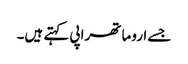
جسے اروما تھراپی کہتے ہیں۔